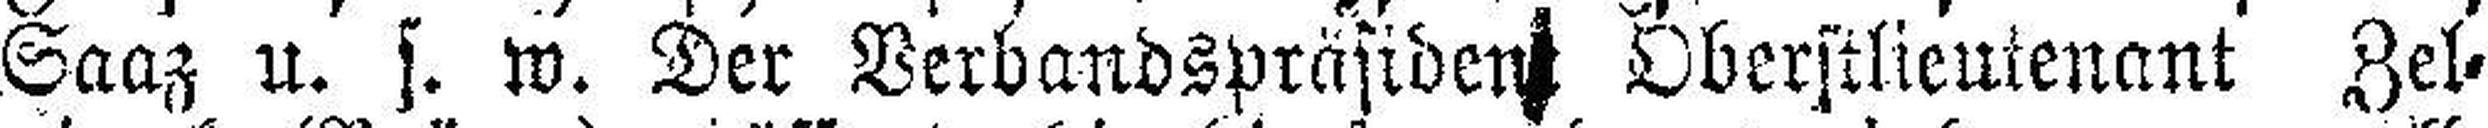
Saaz u. s. w. Der Verbandspräsident Oberstlieutenant Zel¬